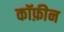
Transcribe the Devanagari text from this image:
कॉफ़ीन